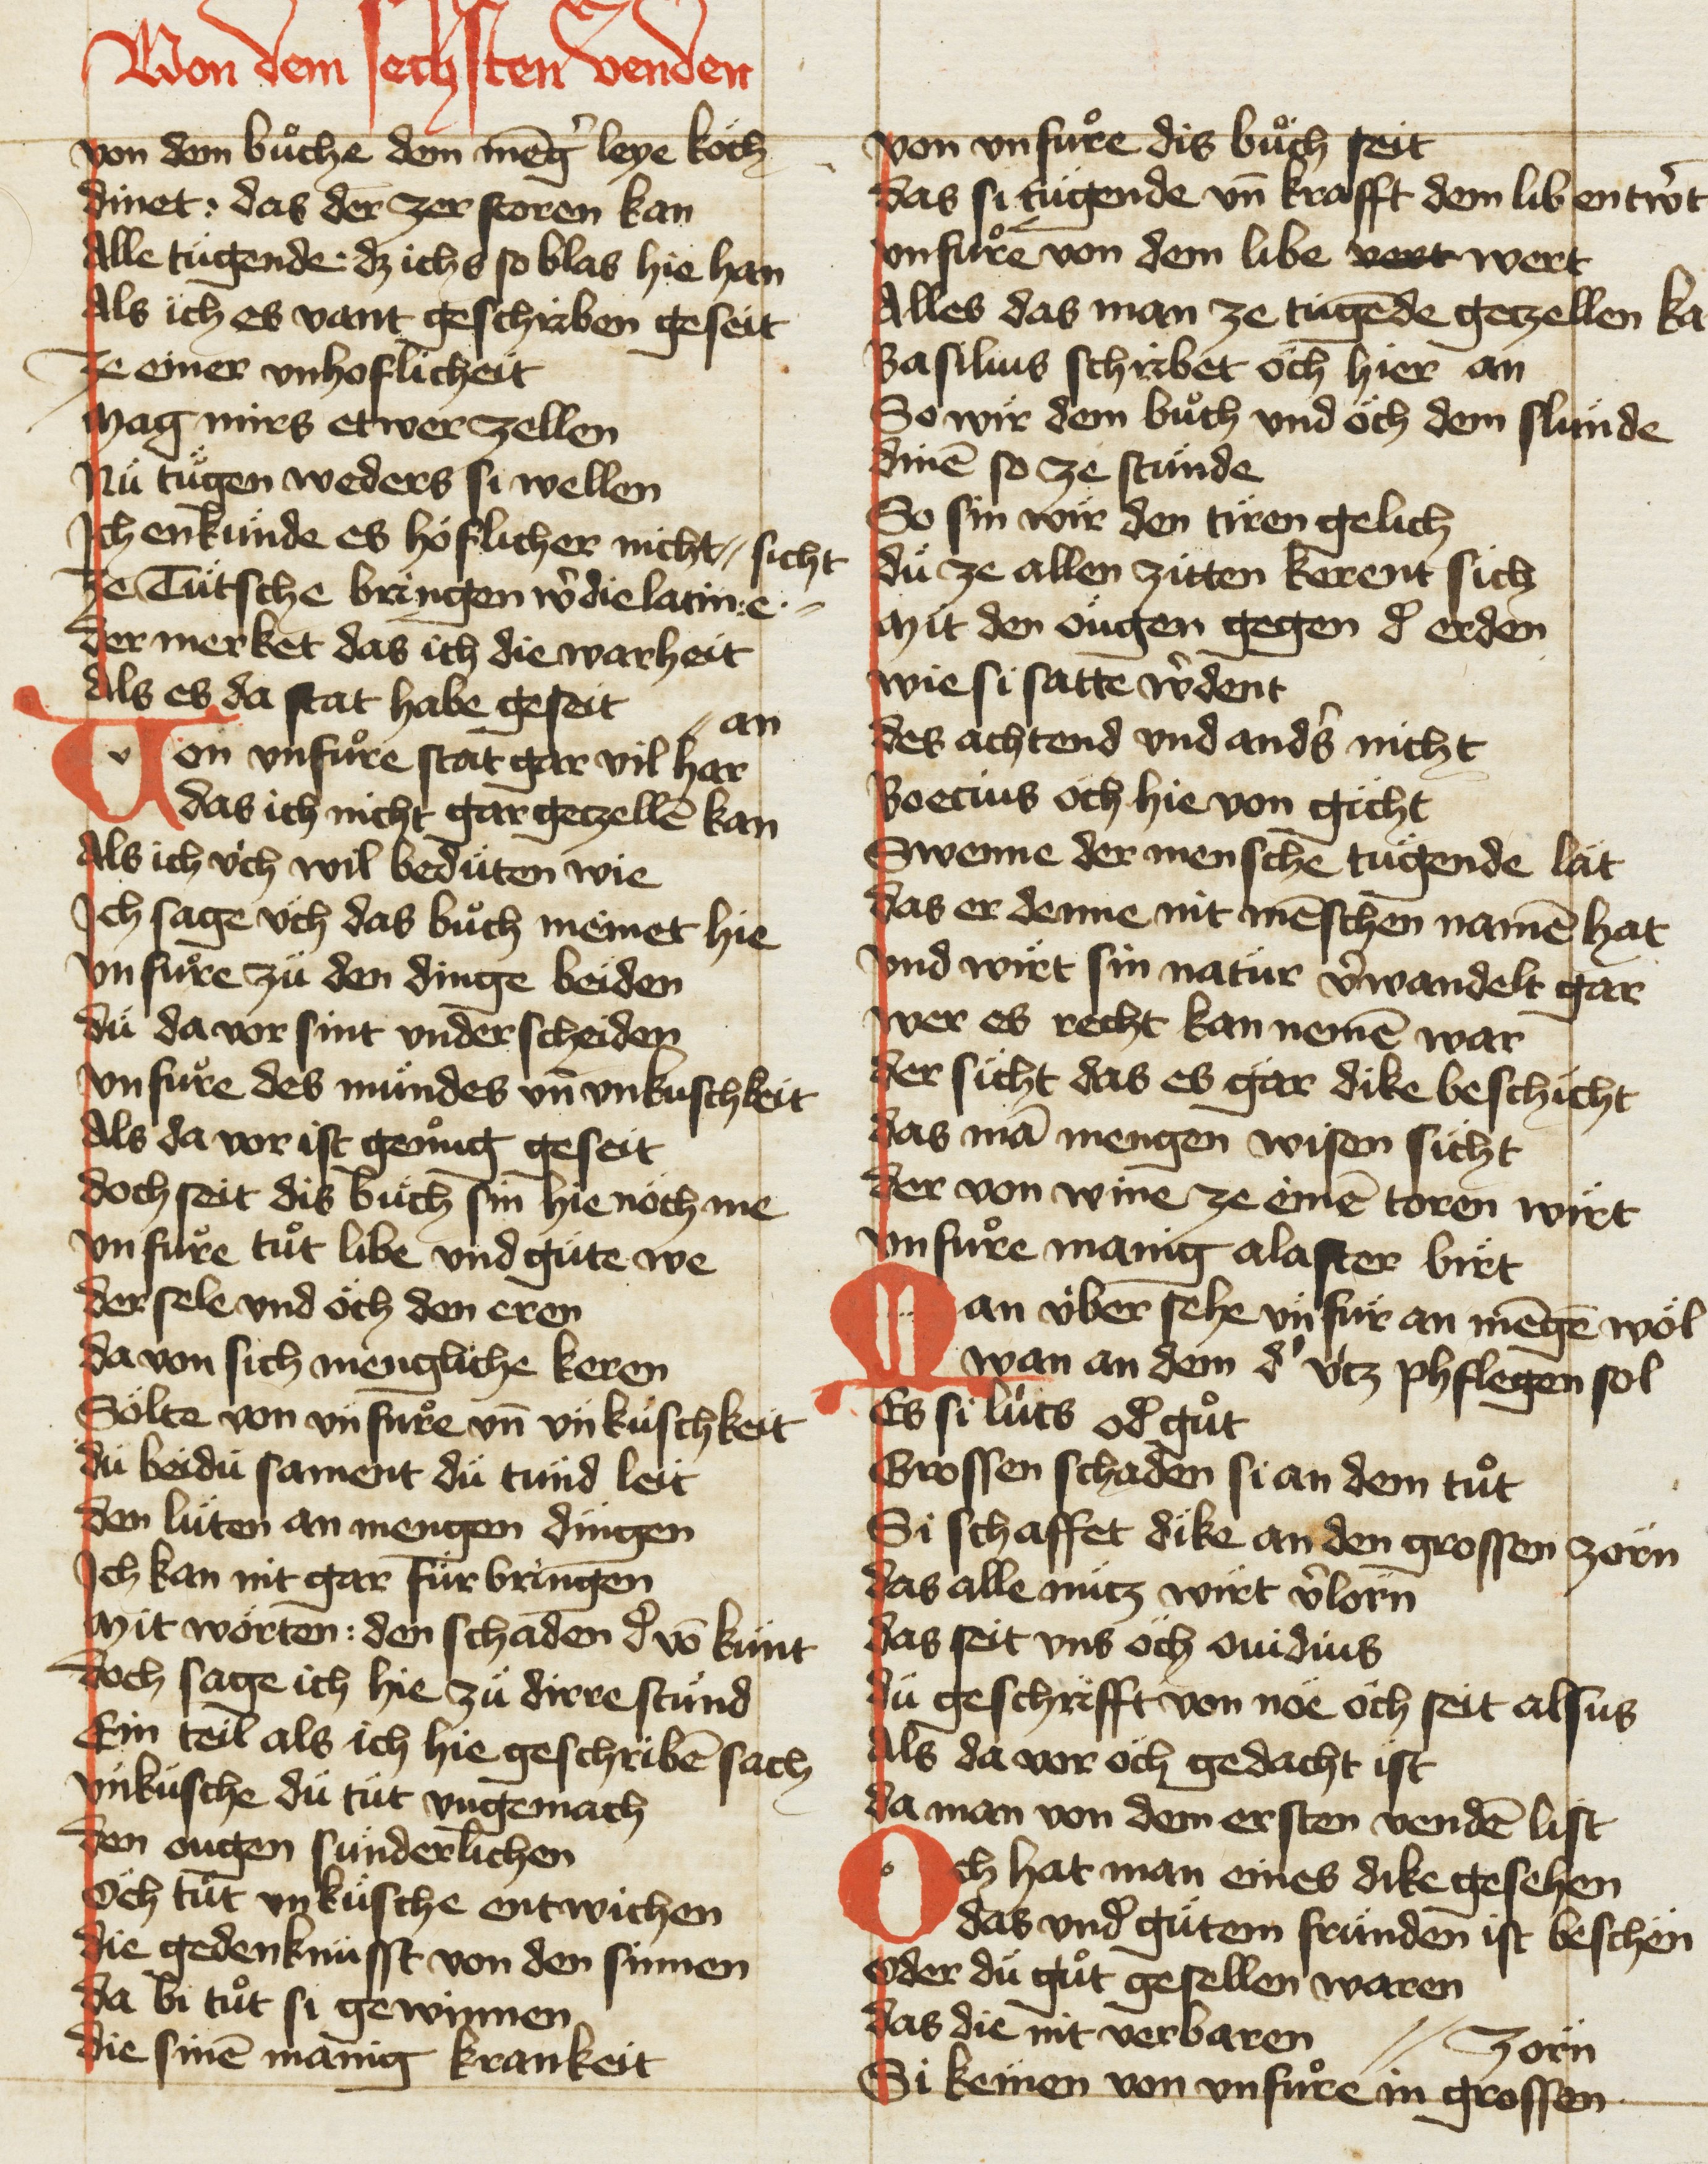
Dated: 1420–1429